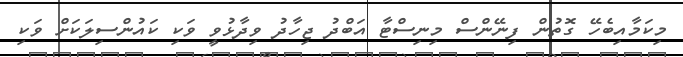
މިކަމާއިބެހޭ ގޮތުން ފިނޭންސް މިނިސްޓާ އަބްދު ޖިހާދު ވިދާޅުވީ ވަކި ކައުންސިލަކަށް ވަކި